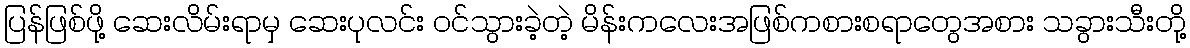
ပြန်ဖြစ်ဖို့ ဆေးလိမ်းရာမှ ဆေးပုလင်း ဝင်သွားခဲ့တဲ့ မိန်းကလေးအဖြစ်ကစားစရာတွေအစား သခွားသီးတို့